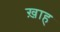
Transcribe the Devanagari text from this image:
ख़ाह